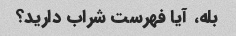
بله، آیا فهرست شراب دارید؟